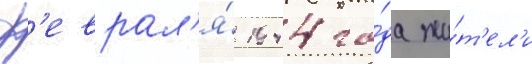
ф'еврал'я́ 1944 го́да жи́т'ел'и